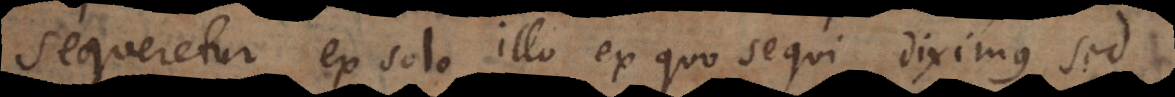
sequeretur ex solo illo ex quo sequi diximus, sed